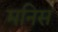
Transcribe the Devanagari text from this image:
मनिस